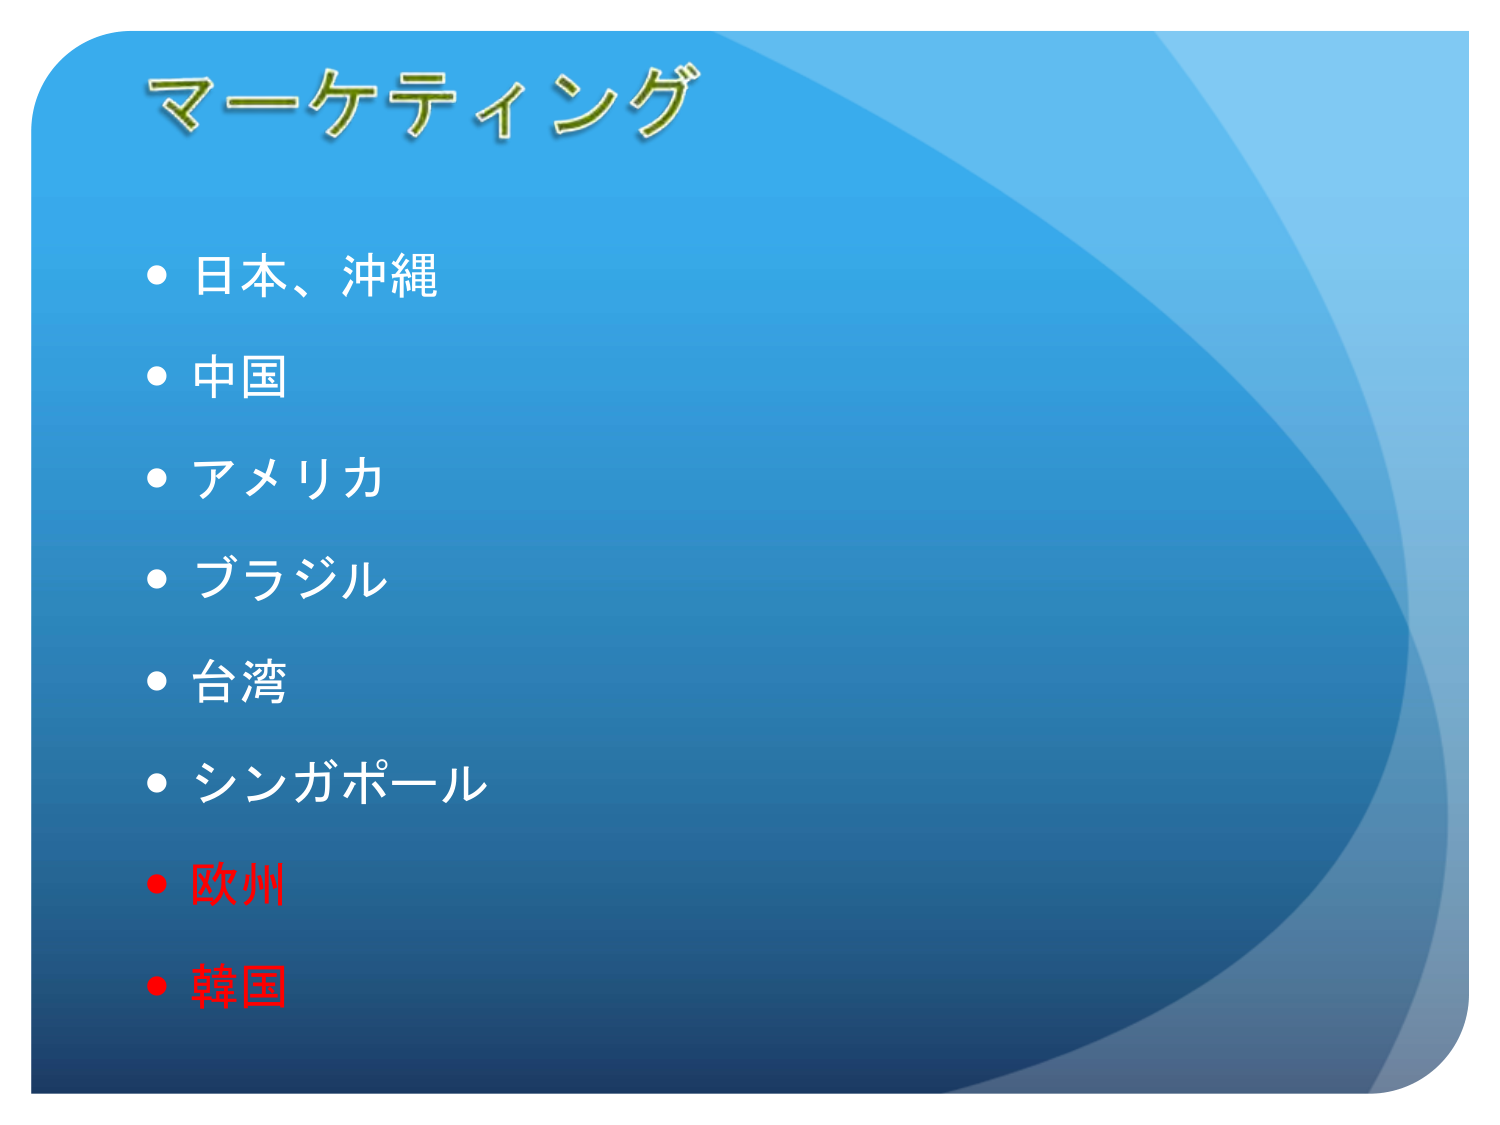
マーケティング
・日本、沖縄
・中国
・アメリカ
・ブラジル
・台湾
・シンガポール
・欧州
・韓国